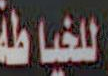
للخياطة